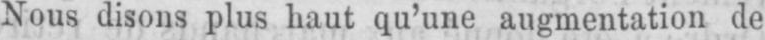
Nous disons plus haut qu’une augmentation de